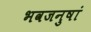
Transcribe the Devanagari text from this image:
भवजनुषां